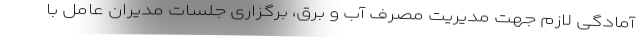
آمادگی لازم جهت مدیریت مصرف آب و برق، برگزاری جلسات مدیران عامل با